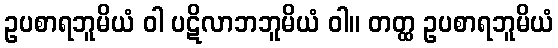
ဥပစာရဘူမိယံ ဝါ ပဋိလာဘဘူမိယံ ဝါ။ တတ္ထ ဥပစာရဘူမိယံ